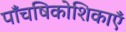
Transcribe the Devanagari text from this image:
पाँचषिकोशिकाएँ